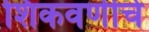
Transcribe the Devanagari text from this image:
शिकवणीचे